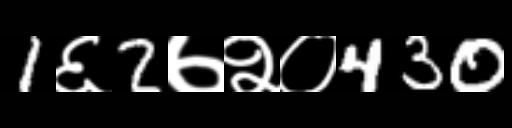
Text: 1६2७२०430